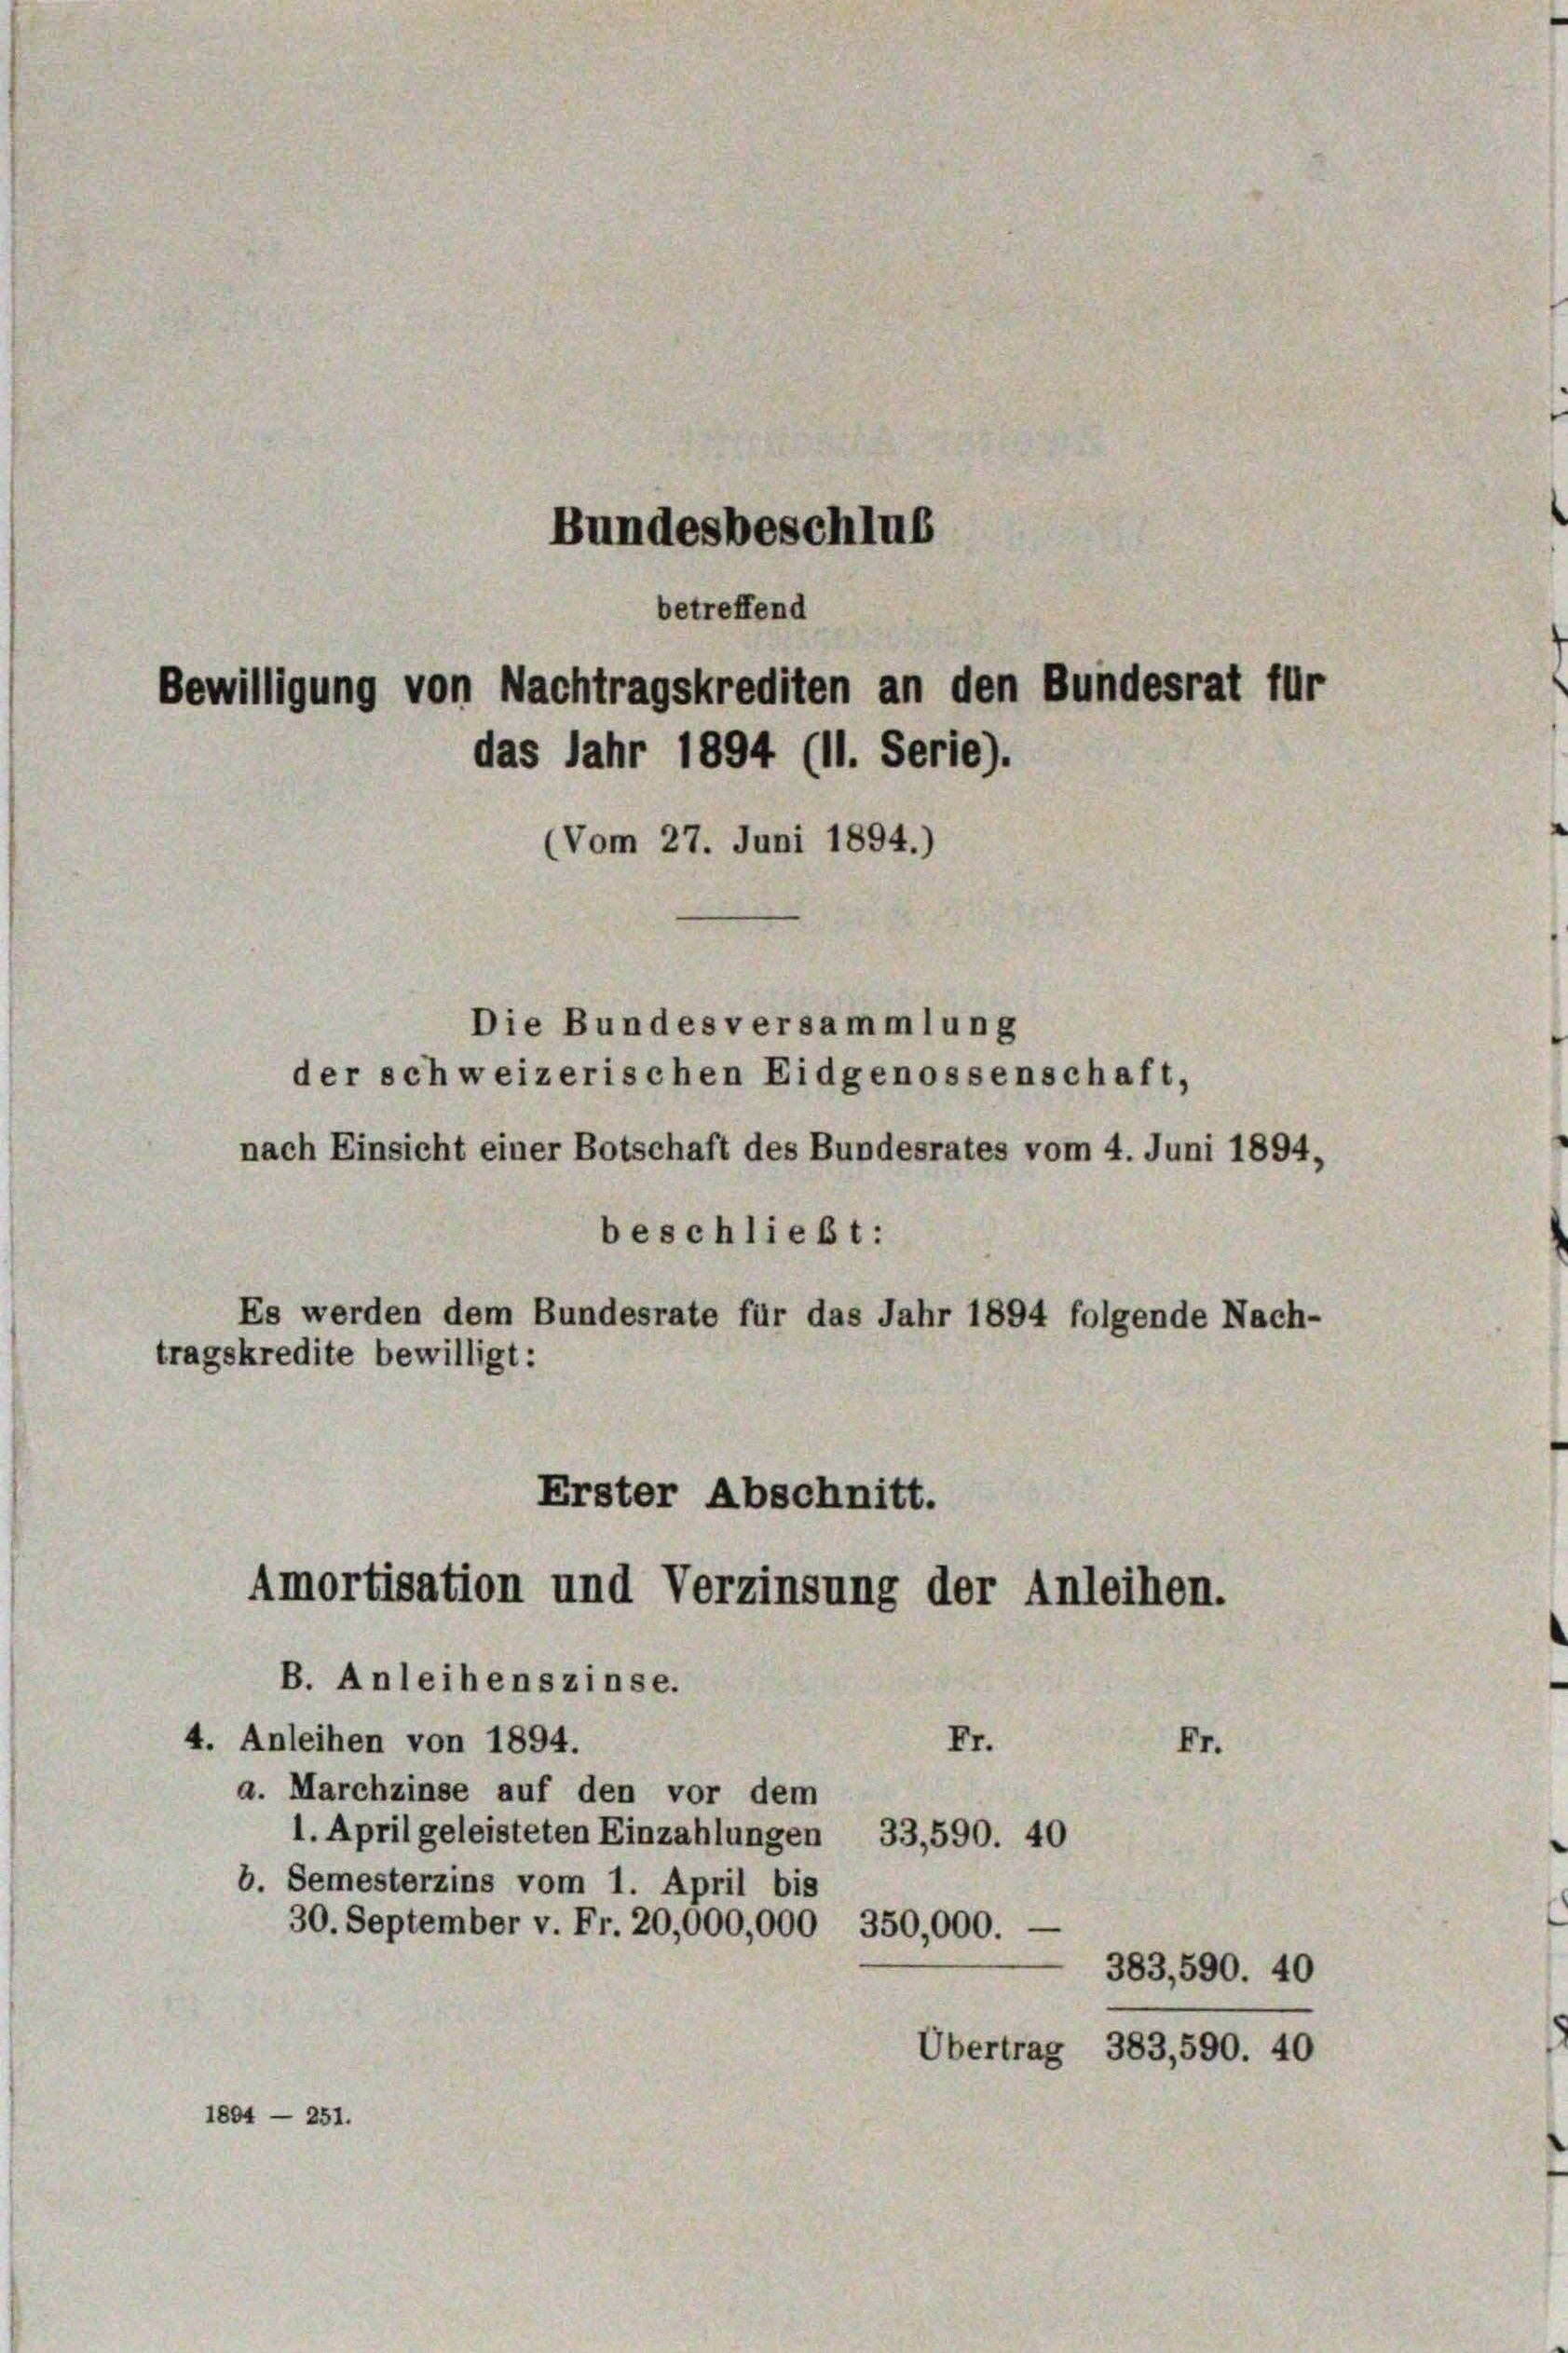
Bundesbeschlus

Bewilligung von Nachtragskrediten an den Bundesrat für
das Jahr 1894 (11. Serie).
(Vom 27. Juni 1894.)

betreffend

beschließt:
Es werden dem Bundesrate für das Jahr 1894 folgende Nach-
tragskredite bewilligt:

Die Bundesversammlung
der schweizerischen Eidgenossenschaft,
nach Einsicht einer Botschaft des Bundesrates vom 4. Juni 1894,

Erster Abschnitt.
Amortisation und Verzinsung der Anleihen.

B. Anleihenszinse.
Fr.
4. Anleihen von 1894.
a. Marchzinse auf den vor dem
1. April geleisteten Einzahlungen 33,590. 40
b. Semesterzins vom 1. April bis
30. September v. Fr. 20,000,000, 350,000.
383,590. 40
Übertrag 383,590. 40
1894 — 251.

Fr.